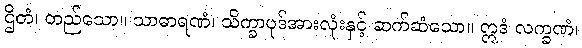
ဌိတံ၊ တည်သော။ သာဓာရဏံ၊ သိက္ခာပုဒ်အားလုံးနှင့် ဆက်ဆံသော။ ဣဒံ လက္ခဏံ၊